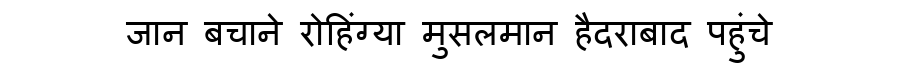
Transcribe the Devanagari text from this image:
जान बचाने रोहिंग्या मुसलमान हैदराबाद पहुंचे